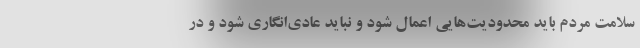
سلامت مردم باید محدودیت‌هایی اعمال شود و نباید عادی‌انگاری شود و در